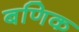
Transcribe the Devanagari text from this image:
बणिक